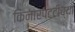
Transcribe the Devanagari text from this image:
किनारपटटीच्या